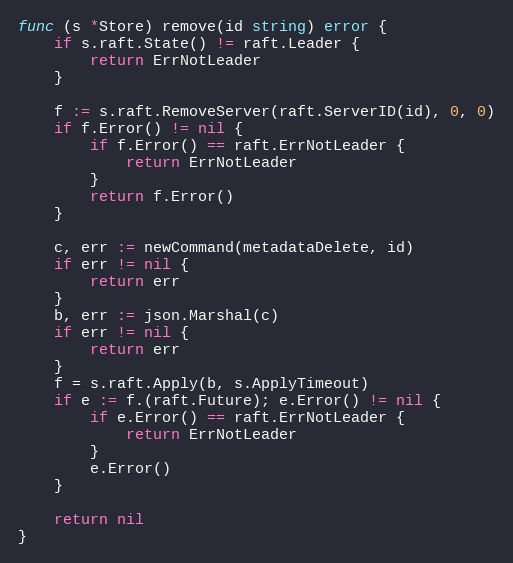
Language: Go
func (s *Store) remove(id string) error {
	if s.raft.State() != raft.Leader {
		return ErrNotLeader
	}

	f := s.raft.RemoveServer(raft.ServerID(id), 0, 0)
	if f.Error() != nil {
		if f.Error() == raft.ErrNotLeader {
			return ErrNotLeader
		}
		return f.Error()
	}

	c, err := newCommand(metadataDelete, id)
	if err != nil {
		return err
	}
	b, err := json.Marshal(c)
	if err != nil {
		return err
	}
	f = s.raft.Apply(b, s.ApplyTimeout)
	if e := f.(raft.Future); e.Error() != nil {
		if e.Error() == raft.ErrNotLeader {
			return ErrNotLeader
		}
		e.Error()
	}

	return nil
}